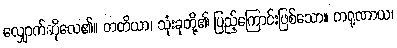
လျှောက်ဆိုလေ၏။ တတိယာ၊ သုံးခုတို့၏ ပြည့်ကြောင်းဖြစ်သော။ ကရုဏာယ၊